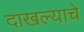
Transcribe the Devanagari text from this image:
दाखल्याचे